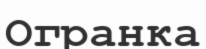
Огранка